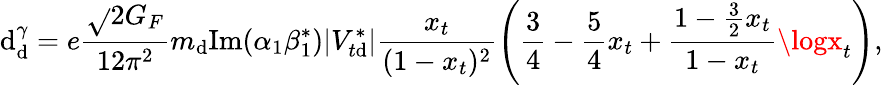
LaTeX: \mathrm{d}_{\mathrm{d}}^{\gamma}=e\frac{{\sqrt{}{{2}}G_{F}}}{{12\pi^{2}}}m_{\mathrm{d}}\mathrm{{Im}}(\alpha_{1}\beta_{1}^{*})|V_{t\mathrm{d}}^{*}|\frac{{x_{t}}}{{(1-x_{t})^{2}}}\left(\frac{{3}}{{4}}-\frac{{5}}{{4}}x_{t}+\frac{{1-\frac{{3}}{{2}}x_{t}}}{{1-x_{t}}}\logx_{t}\right),